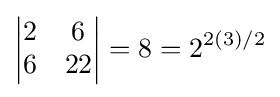
{\begin{vmatrix}2&6\\6&22\end{vmatrix}}=8=2^{2(3)/2}